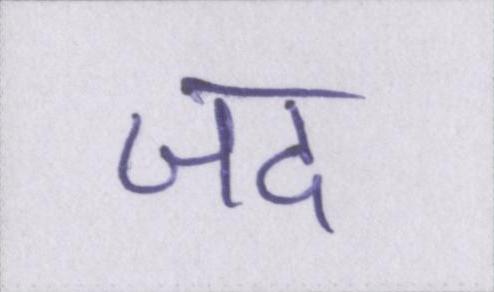
जद